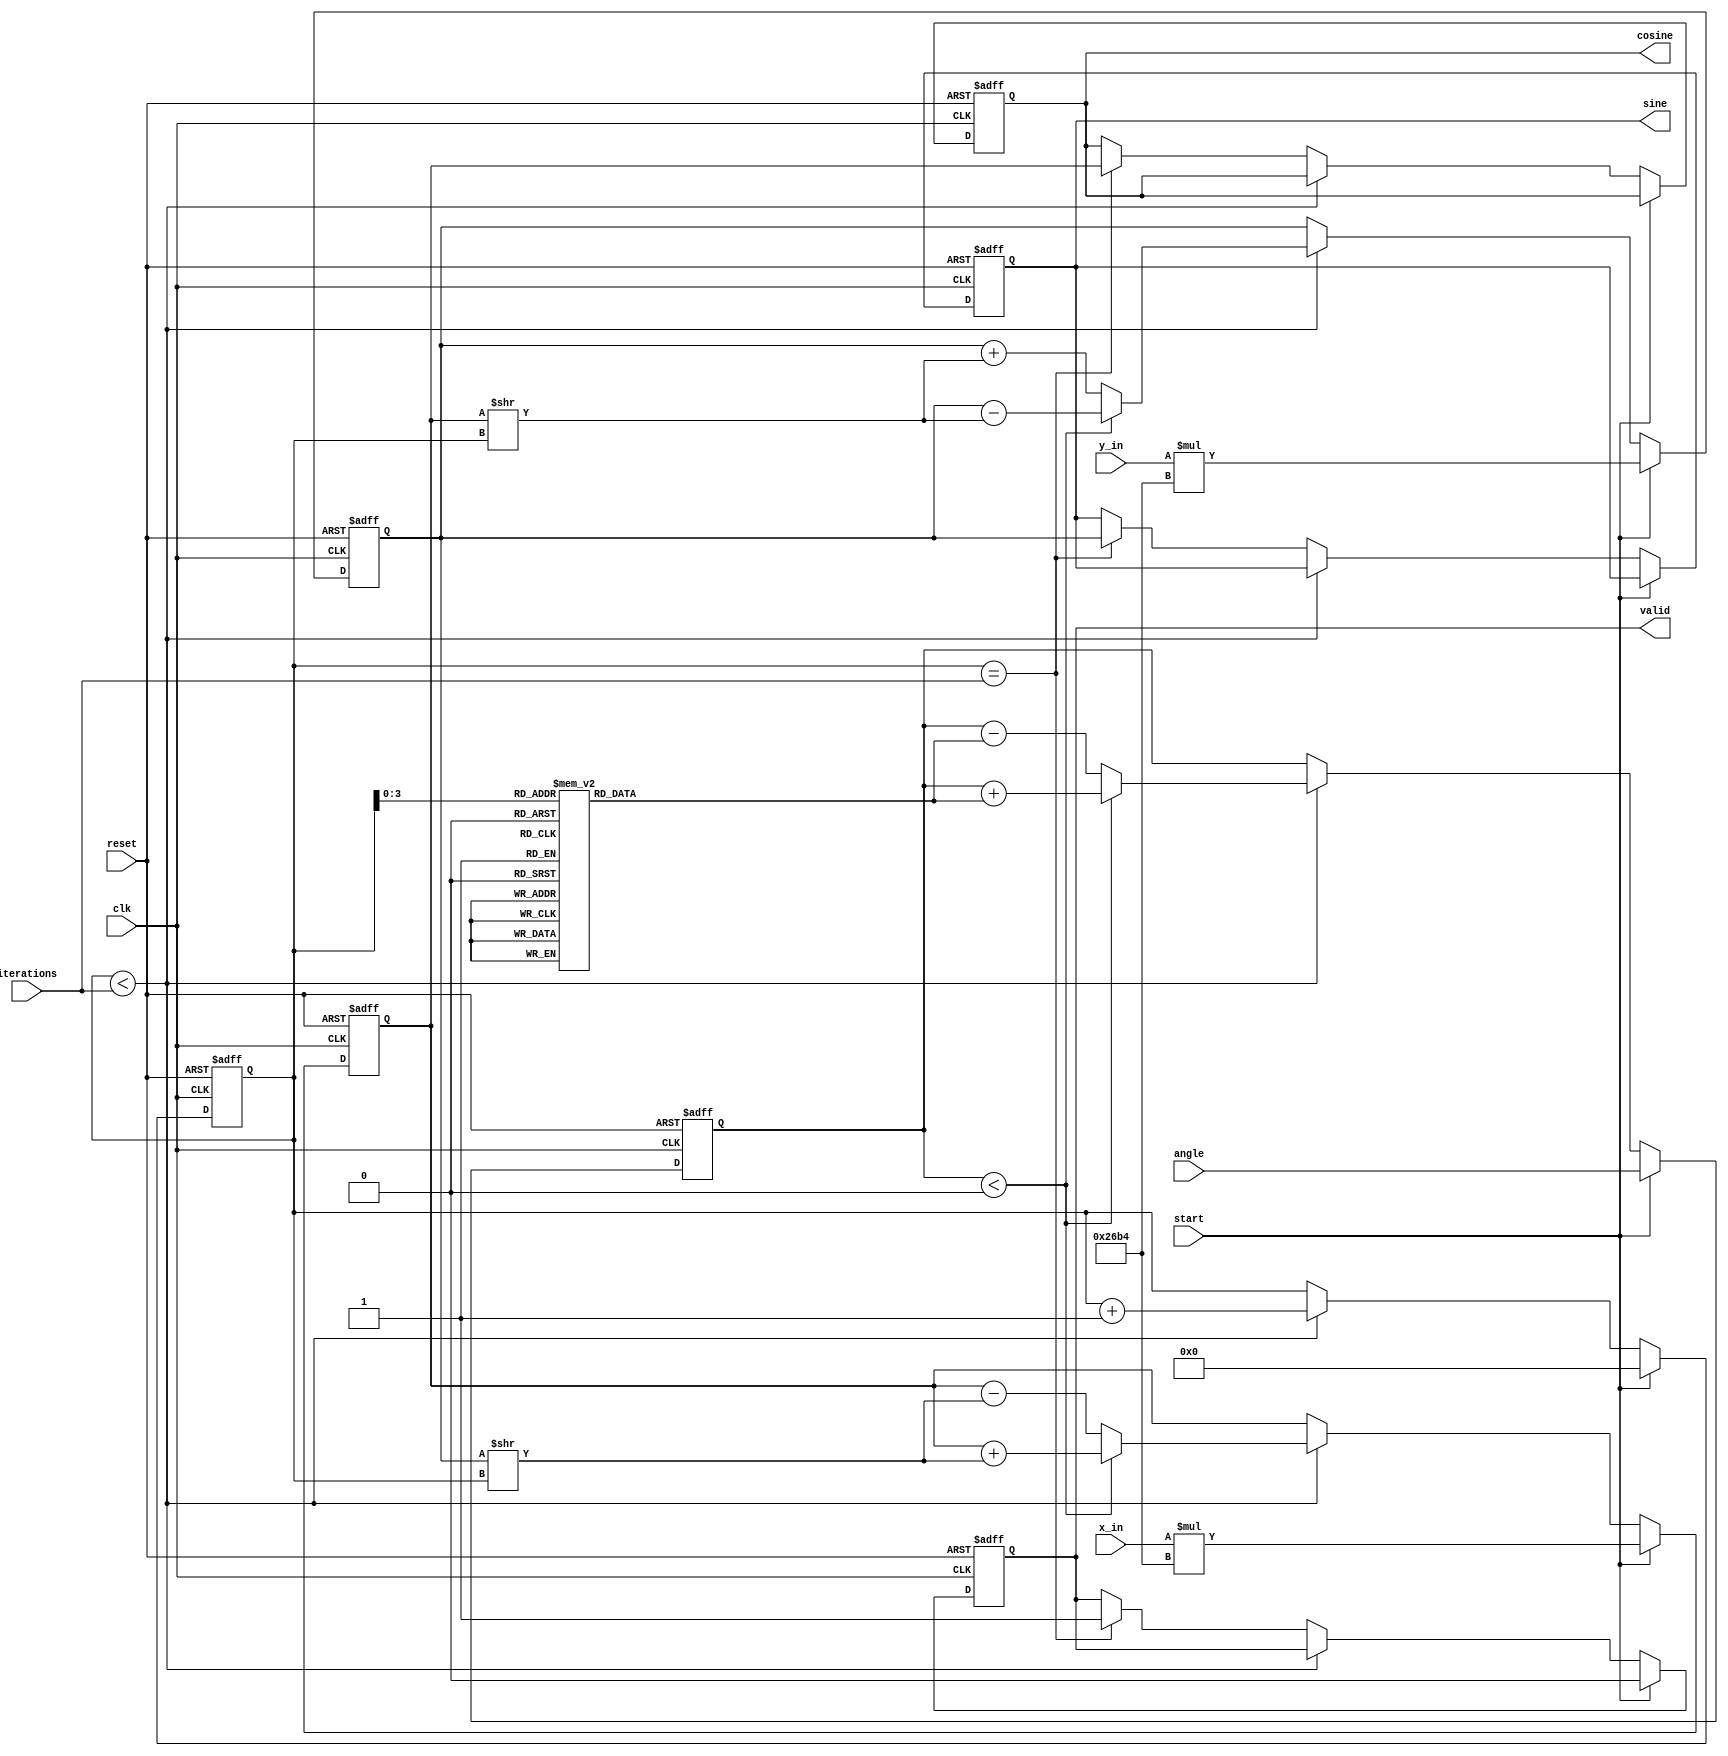
module cordic_rotational (
    input wire clk,
    input wire reset,
    input wire start,
    input wire [15:0] angle, // Fixed-point angle input
    input wire [15:0] x_in,   // Fixed-point x-coordinate input
    input wire [15:0] y_in,   // Fixed-point y-coordinate input
    input wire [4:0] iterations, // Number of iterations for precision
    output reg [15:0] cosine, // Cosine output
    output reg [15:0] sine,   // Sine output
    output reg valid          // Output valid signal
);

    // Internal signals
    reg [15:0] x, y;
    reg [15:0] z;
    reg [4:0] i;
    reg [15:0] atan_table [0:15]; // Lookup table for atan(2^-i) values
    reg [15:0] K; // Scaling factor

    // Initialize the arctangent lookup table
    initial begin
        atan_table[0] = 16'h2000; // atan(1) = 0.7854 in fixed-point
        atan_table[1] = 16'h1666; // atan(0.5) = 0.4636 in fixed-point
        atan_table[2] = 16'h0D57; // atan(0.25) = 0.2449 in fixed-point
        atan_table[3] = 16'h0A3D; // atan(0.125) = 0.1244 in fixed-point
        atan_table[4] = 16'h0523; // atan(0.0625) = 0.0624 in fixed-point
        atan_table[5] = 16'h028F; // atan(0.03125) = 0.0312 in fixed-point
        atan_table[6] = 16'h0145; // atan(0.015625) = 0.0156 in fixed-point
        atan_table[7] = 16'h00A2; // atan(0.0078125) = 0.0078 in fixed-point
        // Continue to initialize as needed...
        // For simplicity, let's assume we won't go beyond atan_table[7]
    end
    
    // CORDIC scaling factor (pre-computed)
    initial begin
        K = 16'h26B4; // Approximate value for scaling factor K
    end

    // Sequential logic
    always @(posedge clk or posedge reset) begin
        if (reset) begin
            x <= 0;
            y <= 0;
            z <= 0;
            i <= 0;
            valid <= 0;
            cosine <= 0;
            sine <= 0;
        end else if (start) begin
            x <= x_in * K; // Scale the input x
            y <= y_in * K; // Scale the input y
            z <= angle;     // Load angle
            i <= 0;         // Reset iteration counter
            valid <= 0;     // Clear valid flag
        end else if (i < iterations) begin
            // CORDIC iteration
            if (z < 0) begin
                // Rotate clockwise
                x <= x + (y >> i);
                y <= y - (x >> i);
                z <= z + atan_table[i];
            end else begin
                // Rotate counterclockwise
                x <= x - (y >> i);
                y <= y + (x >> i);
                z <= z - atan_table[i];
            end
            i <= i + 1; // Increment iteration counter
        end else if (i == iterations) begin
            // Final output
            cosine <= x; // Output final x as cosine
            sine <= y;   // Output final y as sine
            valid <= 1;  // Set valid flag
        end
    end
endmodule